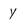
Character: Y